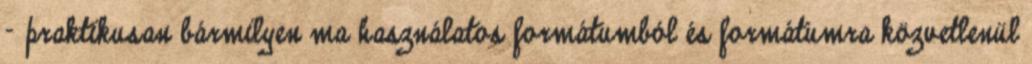
– praktikusan bármilyen ma használatos formátumból és formátumra közvetlenül